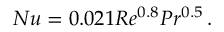
N u = 0 . 0 2 1 R e ^ { 0 . 8 } P r ^ { 0 . 5 } \, .